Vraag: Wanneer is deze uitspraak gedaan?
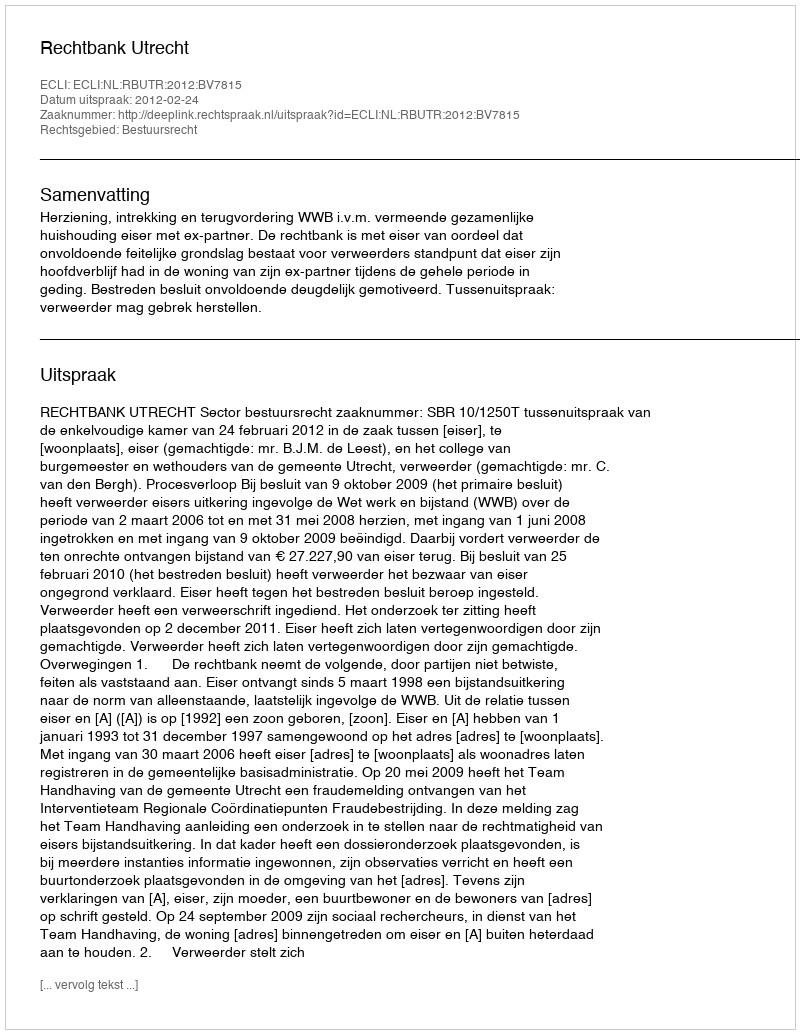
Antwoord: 2012-02-24